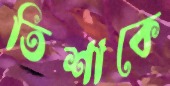
তিশাকে